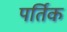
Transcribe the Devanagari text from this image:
पर्तिक